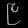
Digit: ၉